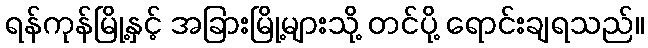
ရန်ကုန်မြို့နှင့် အခြားမြို့များသို့ တင်ပို့ ရောင်းချရသည်။